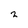
Character: 2